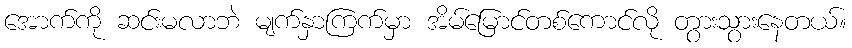
အောက်ကို ဆင်းမလာဘဲ မျက်နှာကြက်မှာ အိမ်မြောင်တစ်ကောင်လို တွားသွားနေတယ်။